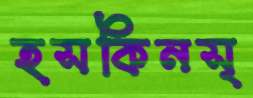
হসকিনস্